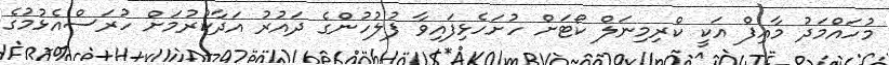
މުހައްމަދު މާއިފް އަކީ ކްރިމިނަލް ކޯޓަށް ހުށަހެޅިފައިވާ ފުލުހުންގެ ދައުރު އަދާކުރުމަށް ހުރަސްއެޅުމުގެ